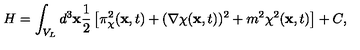
H = \int _ { V _ { L } } d ^ { 3 } { \bf x } \frac { 1 } { 2 } \left[ \pi _ { \chi } ^ { 2 } ( { \bf x } , t ) + ( { \bf \nabla } \chi ( { \bf x } , t ) ) ^ { 2 } + m ^ { 2 } \chi ^ { 2 } ( { \bf x } , t ) \right] + C ,